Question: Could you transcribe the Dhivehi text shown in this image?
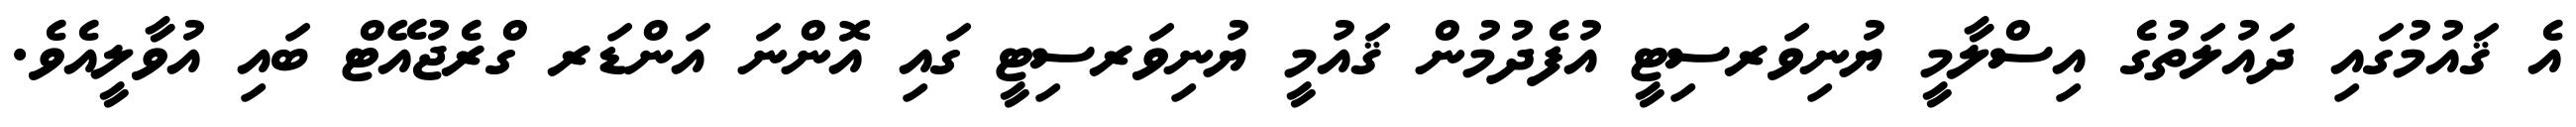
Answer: އެ ޤައުމުގައި ދައުލަތުގެ އިސްލާމީ ޔުނިވަރސިޓީ އުފެދުމުން ޤައުމީ ޔުނިވަރސިޓީ ގައި އޮންނަ އަންޑަރ ގްރެޖުއޭޓް ބައި އުވާލީއެވެ.